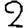
Digit: 2